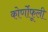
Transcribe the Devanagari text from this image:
कोर्णोफूली